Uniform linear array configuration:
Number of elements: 24
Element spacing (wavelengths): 0.75
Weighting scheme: blackman
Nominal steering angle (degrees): -15
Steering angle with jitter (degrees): -13.762
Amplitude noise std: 0.05
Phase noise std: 0.05

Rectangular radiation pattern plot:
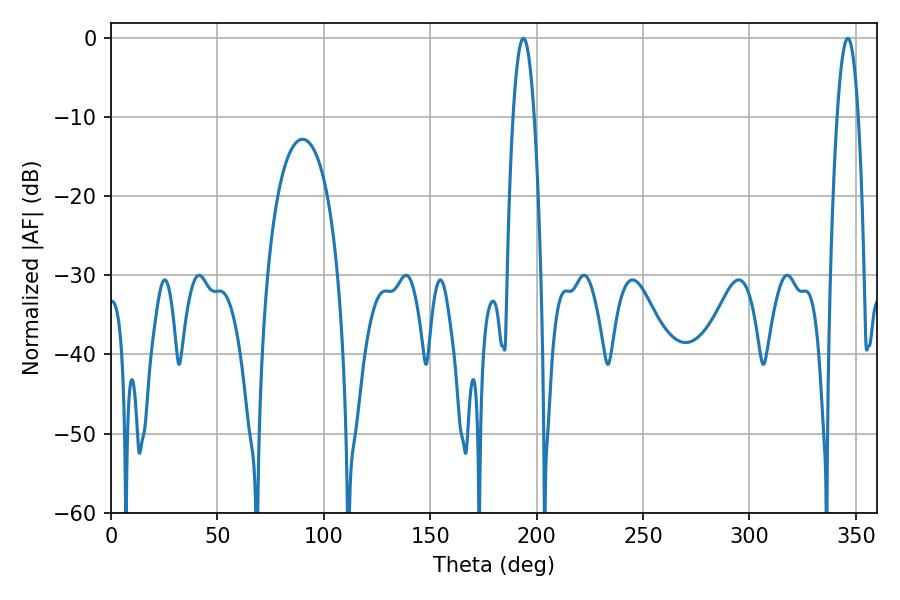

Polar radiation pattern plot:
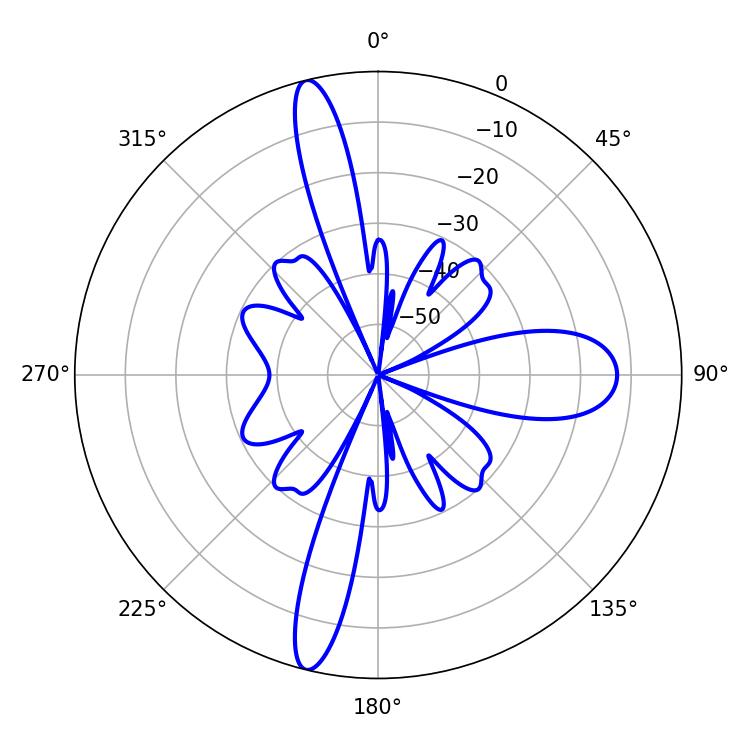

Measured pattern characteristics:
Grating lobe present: TRUE
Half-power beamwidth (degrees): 5.4
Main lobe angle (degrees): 193.86